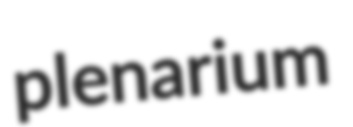
plenarium